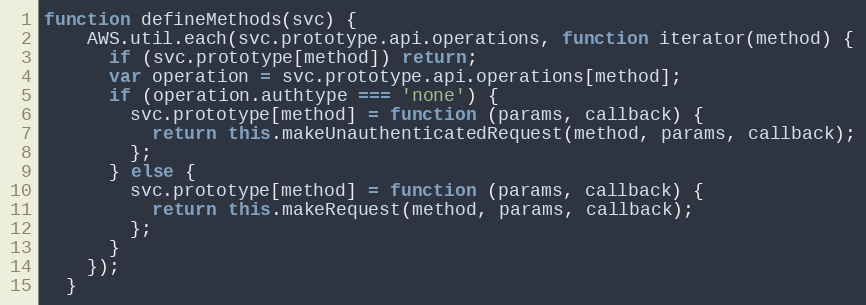
Language: JavaScript
function defineMethods(svc) {
    AWS.util.each(svc.prototype.api.operations, function iterator(method) {
      if (svc.prototype[method]) return;
      var operation = svc.prototype.api.operations[method];
      if (operation.authtype === 'none') {
        svc.prototype[method] = function (params, callback) {
          return this.makeUnauthenticatedRequest(method, params, callback);
        };
      } else {
        svc.prototype[method] = function (params, callback) {
          return this.makeRequest(method, params, callback);
        };
      }
    });
  }